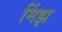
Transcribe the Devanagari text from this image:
मिंझ